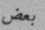
بعض